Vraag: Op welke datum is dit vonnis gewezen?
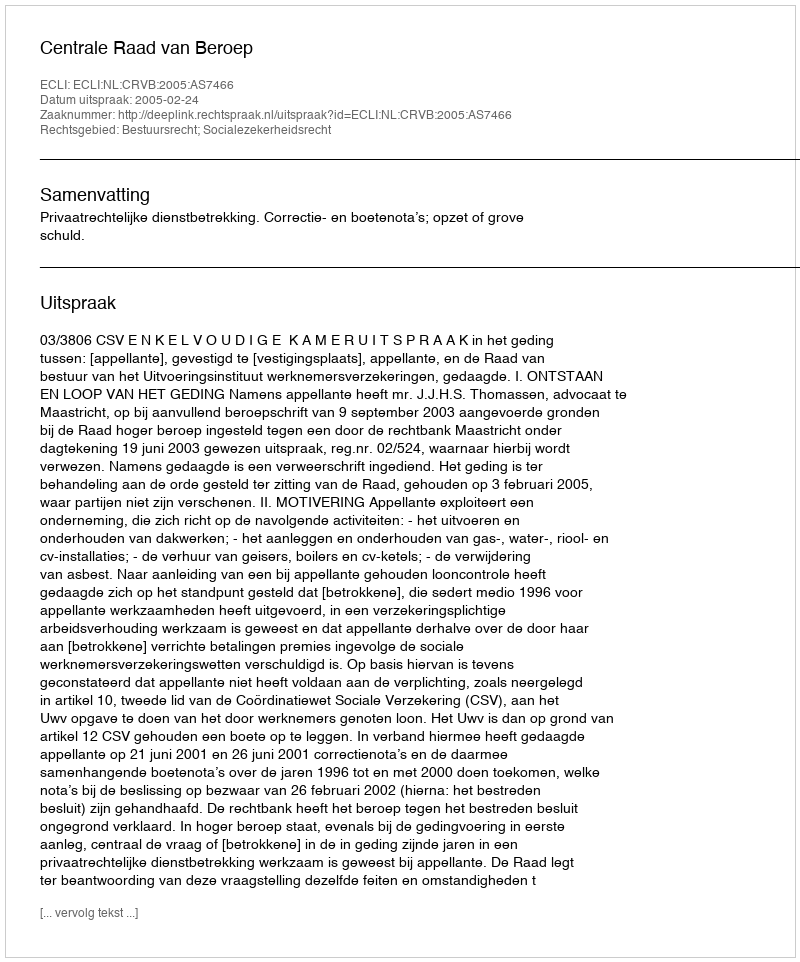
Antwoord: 2005-02-24